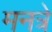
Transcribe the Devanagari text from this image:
मनत्रे